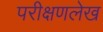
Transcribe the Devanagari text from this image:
परीक्षणलेख